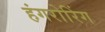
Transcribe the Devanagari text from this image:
हंगरोरिंग